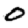
Digit: 0